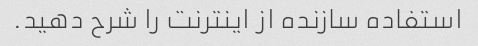
استفاده سازنده از اینترنت را شرح دهید.